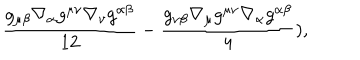
LaTeX: \frac { g _ { \mu \beta } \nabla _ { \alpha } g ^ { \mu \nu } \nabla _ { \nu } g ^ { \alpha \beta } } { 1 2 } - \frac { g _ { \nu \beta } \nabla _ { \mu } g ^ { \mu \nu } \nabla _ { \alpha } g ^ { \alpha \beta } } { 4 } ) ,